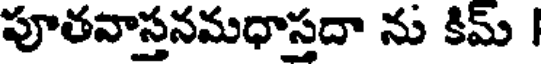
పూతవాస్తనమధాస్తదా ను కిమ్ |